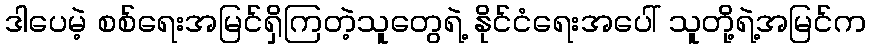
ဒါပေမဲ့ စစ်ရေးအမြင်ရှိကြတဲ့သူတွေရဲ့ နိုင်ငံရေးအပေါ် သူတို့ရဲ့အမြင်က